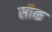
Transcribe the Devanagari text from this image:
सौक